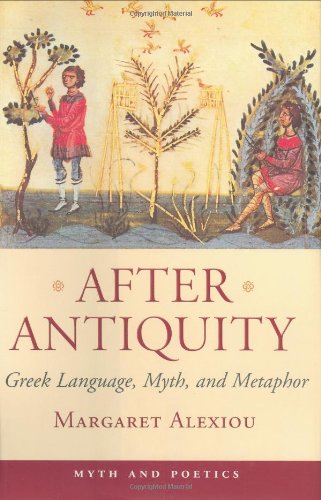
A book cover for After Antiquity: Greek Language, Myth, and Metaphor (Myth and Poetics); Margaret Alexiou; Literature & Fiction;